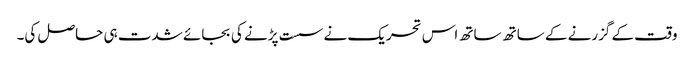
وقت کے گزرنے کے ساتھ ساتھ اس تحریک نے سست پڑنے کی بجائے شدت ہی حاصل کی۔